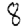
Digit: 8